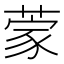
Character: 𮐃